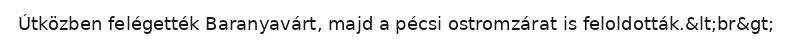
Útközben felégették Baranyavárt, majd a pécsi ostromzárat is feloldották.&lt;br&gt;